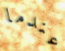
عندما